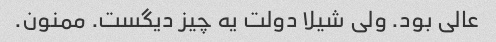
عالی بود. ولی شیلا دولت یه چیز دیگست. ممنون.